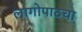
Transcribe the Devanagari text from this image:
लागोपाठचा